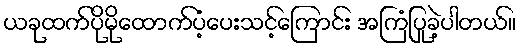
ယခုထက်ပိုမိုထောက်ပံ့ပေးသင့်ကြောင်း အကြံပြုခဲ့ပါတယ်။